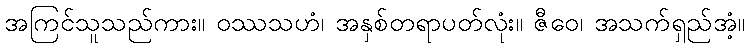
အကြင်သူသည်ကား။ ဝဿသဟံ၊ အနှစ်တရာပတ်လုံး။ ဇီဝေ၊ အသက်ရှည်အံ့။